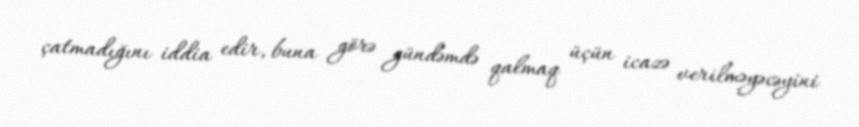
çatmadığını iddia edir, buna görə gündəmdə qalmaq üçün icazə verilməyəcəyini